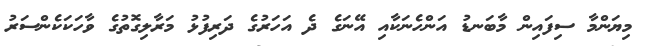
މިޔަންމާ ސިފައިން މާބަނޑު އަންހެނަކާއި އޭނަގެ ދެ އަހަރުގެ ދަރިފުޅު މަރާލިގޮތުގެ ވާހަކަކެންސަރު